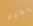
بخير